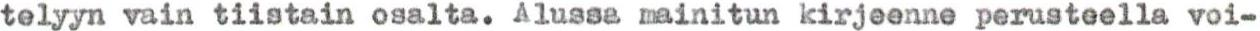
telyyn vain tiistain osalta. Alussa mainitun kirjeenne perusteella voi-